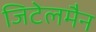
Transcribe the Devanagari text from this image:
जिटेलमैन